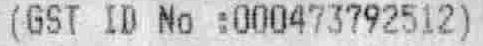
(GST ID NO :000473792512)